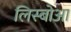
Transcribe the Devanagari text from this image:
लिस्बोआ